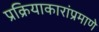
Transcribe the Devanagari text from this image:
प्रक्रियाकारांप्रमाणे